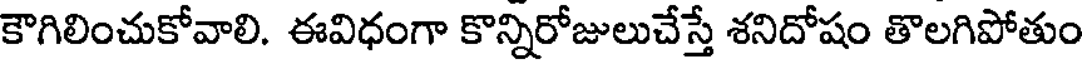
కౌగిలించుకోవాలి. ఈవిధంగా కొన్నిరోజులుచేస్తే శనిదోషం తొలగిపోతుం